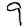
Digit: 9